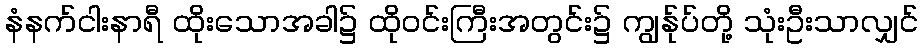
နံနက်ငါးနာရီ ထိုးသောအခါ၌ ထိုဝင်းကြီးအတွင်း၌ ကျွန်ုပ်တို့ သုံးဦးသာလျှင်